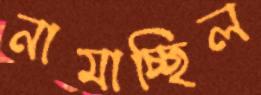
নামাচ্ছিল